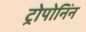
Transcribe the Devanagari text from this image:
ट्रोपोनिंन